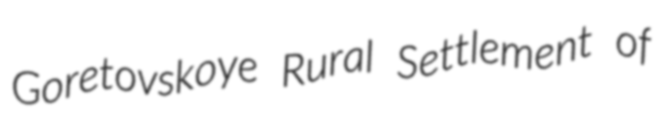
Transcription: Goretovskoye Rural Settlement of